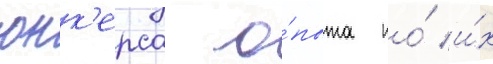
юнк'ерса о́пыта по́ и́х